Eesti_Vabariigi_Tartu_Ulikool, lk 48
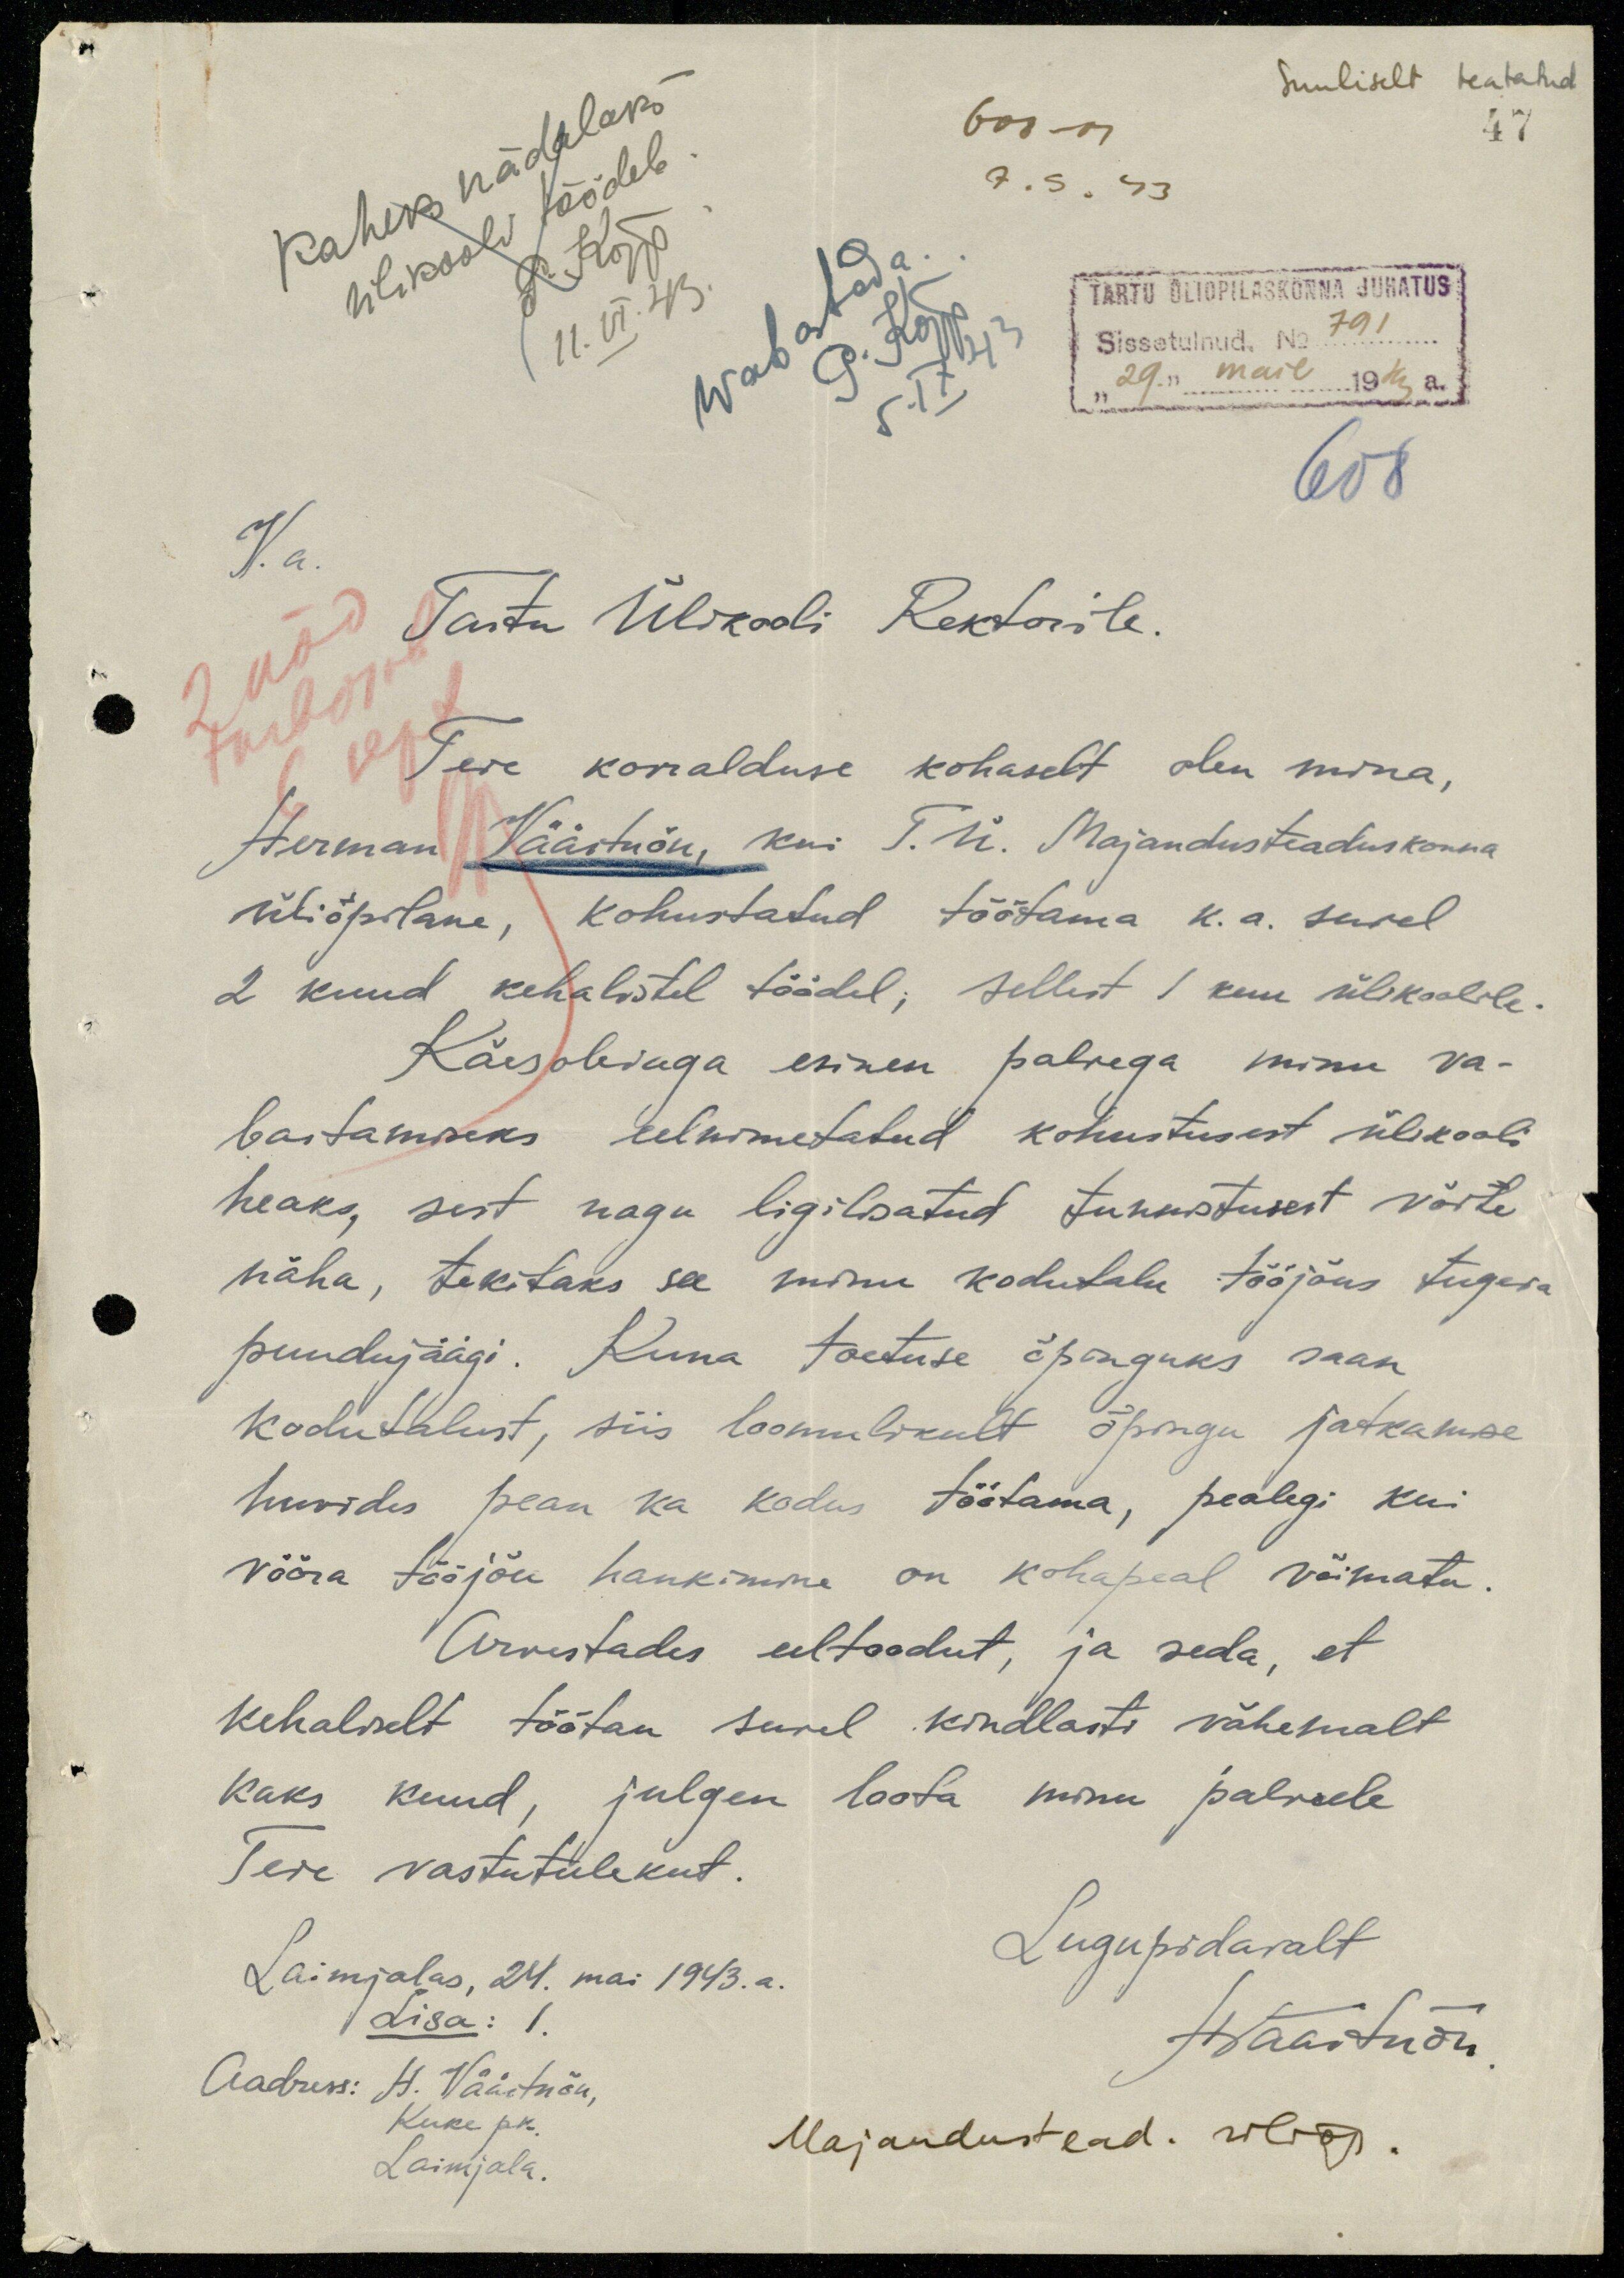
Suuliselt teatatud
47
608 -M
7. 5. 43
Wabastada.
5. IX. 43
P. Kõpp
TARTU ÜLIÕPILASKONNA JUHATUS
Sissetulnud. No 791
"29." mail 1943 a.
608
V. a.
Tartu Ülikooli Rektorile.
TeIe korralduse kohaselt olen mina,
Herman Väärtnõu, kui T. Ü. Majandusteaduskonna
üliõpilane, kohustatud töötama k. a. suvel
2 kuud kehalistel töödel; sellest 1 kuu ülikoolile.
Käesolevaga esinen palvega minu va-
bastamiseks eelnimetatud kohustusest ülikooli
heaks, sest nagu ligilisatud tunnistusest võite
näha, tekitaks see minu kodutalu tööjõus tugeva
puudujäägi. Kuna toetuse õpinguks saan
kodutalust, siis loomulikult õpingu jatkamise
huvides pean ka kodus töötama, pealegi kui
võõra tööjõu hankimine on kohapeal võimatu.
Arvestades eeltoodut, ja seda, et
kehaliselt töötan suvel kindlasti vähemalt
kaks kuud, julgen loota minu palvele
Teie vastutulekut.
Lugupidavalt
HVäärtnõu
Laimjalas, 24. mai 1943. a.
Lisa: 1
Aadress: H. Väärtnõu,
Kuke pk.
Laimjala.
Majandustead. üliõp.